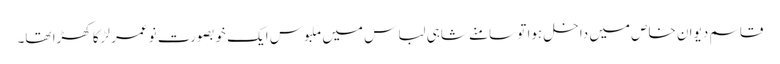
قاسم دیوان خاص میں داخل ہوا تو سامنے شاہی لباس میں ملبوس ایک خوبصورت نوعمر لڑکا کھڑا تھا۔